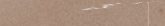
صيدلية الحياة تقدم لك كل